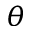
\theta